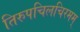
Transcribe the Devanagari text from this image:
तिरुपचिलचिरमम्